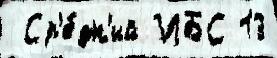
 Ср'е́дн'ий ИБС 13